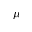
\mu